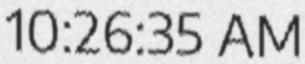
10:26:35 AM